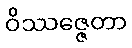
ဝိဿဇ္ဇေတာ